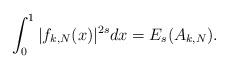
LaTeX: \begin{align*} \int_0^1 |f_{k,N}(x)|^{2s} dx = E_s(A_{k,N}). \end{align*}